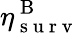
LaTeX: \eta_{\mathrm{~s~u~r~v~}}^{\mathrm{~B~}}